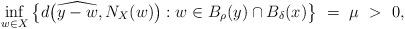
LaTeX: \begin{align*}\inf_{w \in X} \big\{ d \big( \widehat{y-w} , N_X(w) \big) : w \in B_{ \rho}(y)\cap B_{\delta}(x) \big\}~=~ \mu ~>~ 0,\end{align*}